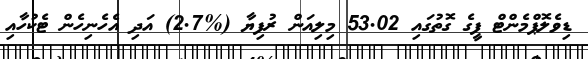
ޑިވެލޮޕްމެންޓް ފީގެ ގޮތުގައި 53.02 މިލިއަން ރުފިޔާ (%2.7) އަދި އެހެނިހެން ޓެކުހާއި